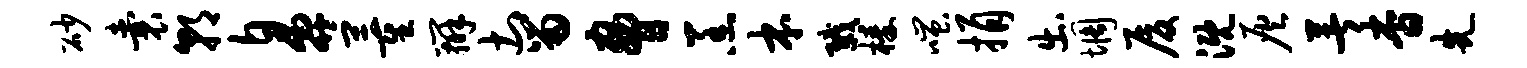
砂囊朝鼻董辨土留胁羔本戮榛嗤捐出惆厦溉灰著杳先